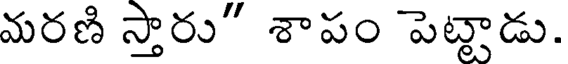
మరణి స్తారు" శాపం పెట్టాడు.